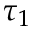
\tau _ { 1 }